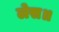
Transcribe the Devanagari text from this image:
लेस॥